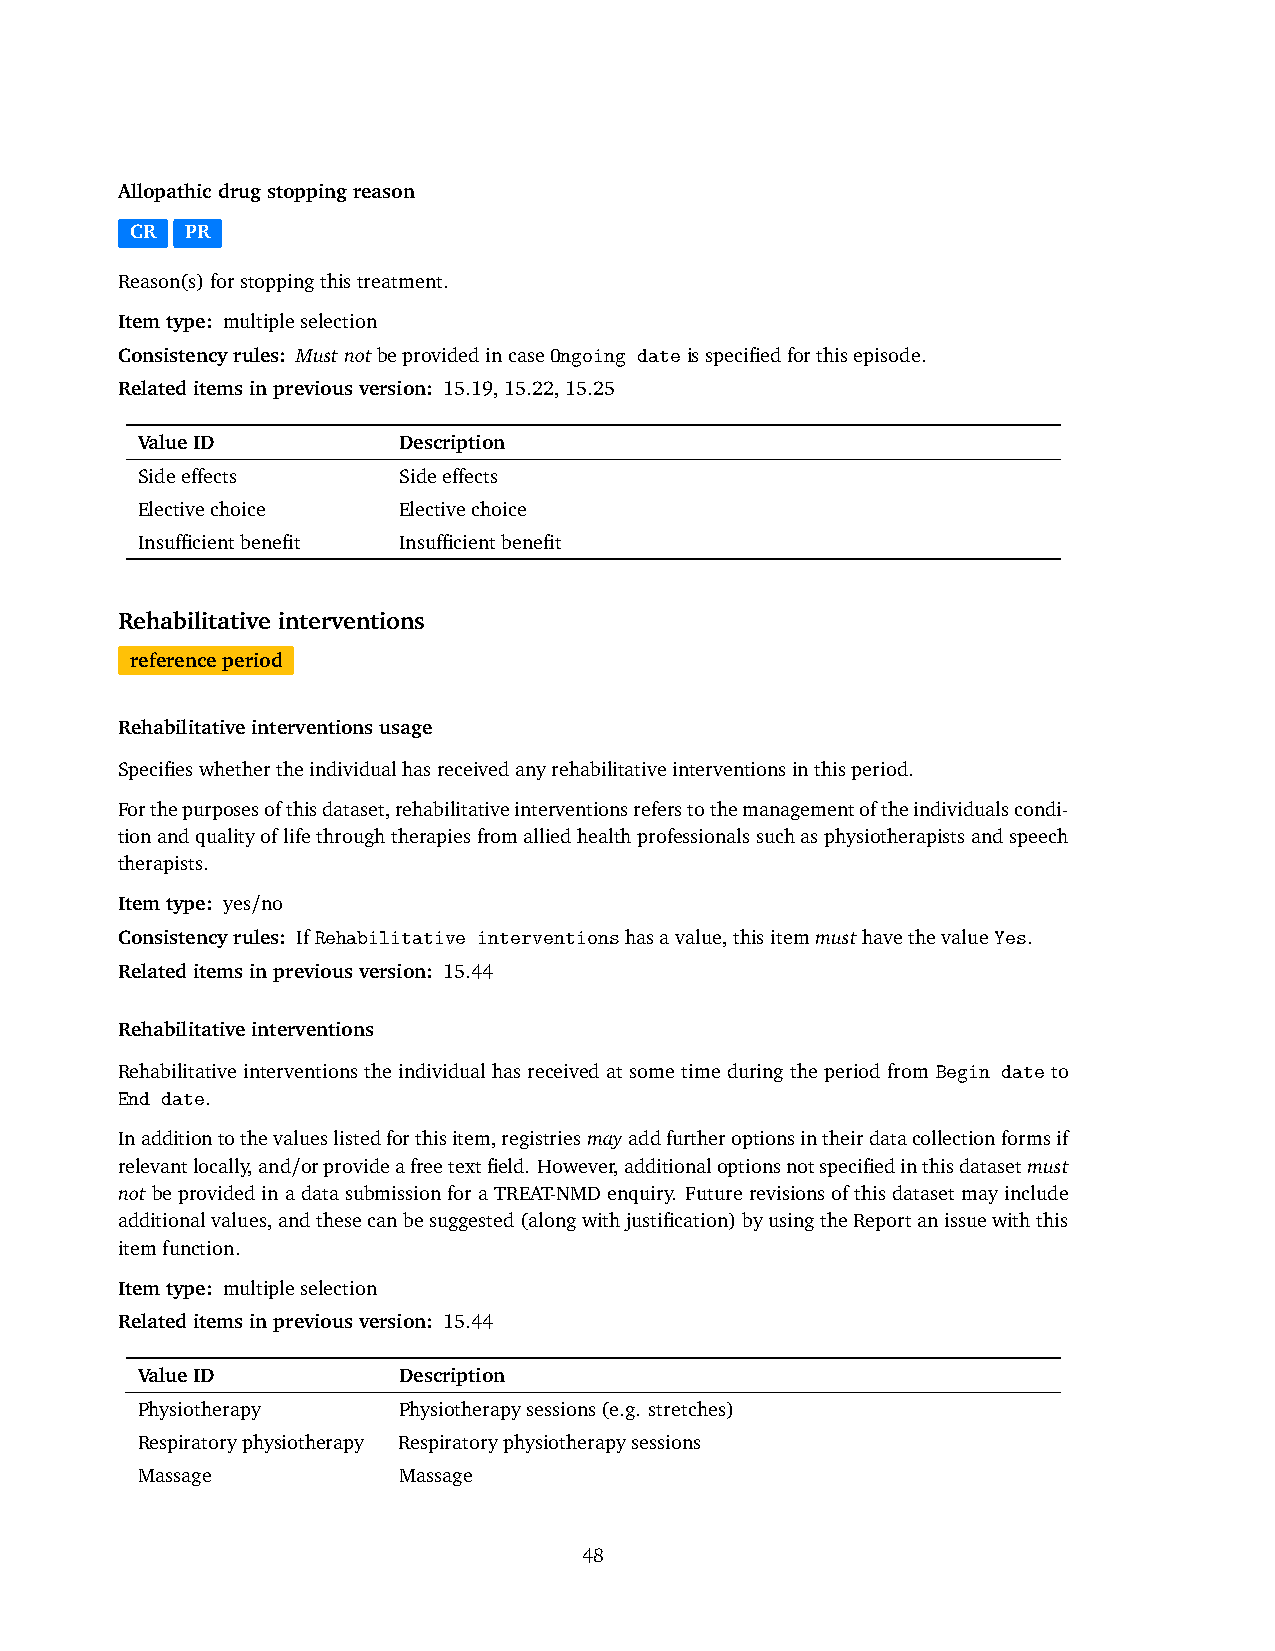
Allopathicdrugstoppingreason
 CR PR
 Reason(s)forstoppingthistreatment.
 Itemtype: multipleselection
 Consistencyrules: MustnotbeprovidedincaseOngoing dateisspecifiedforthisepisode.
 Relateditemsinpreviousversion: 15.19,15.22,15.25
 ValueID          Description
 Sideeffects      Sideeffects
 Electivechoice   Electivechoice
 Insufficientbenefit Insufficientbenefit
 Rehabilitative interventions
 referenceperiod
 Rehabilitativeinterventionsusage
 Specifieswhethertheindividualhasreceivedanyrehabilitativeinterventionsinthisperiod.
 Forthepurposesofthisdataset,rehabilitativeinterventionsreferstothemanagementoftheindividualscondi-
 tionandqualityoflifethroughtherapiesfromalliedhealthprofessionalssuchasphysiotherapistsandspeech
 therapists.
 Itemtype: yes/no
 Consistencyrules: IfRehabilitative interventionshasavalue,thisitemmusthavethevalueYes.
 Relateditemsinpreviousversion: 15.44
 Rehabilitativeinterventions
 Rehabilitative interventions the individual has received at some time during the period from Begin date to
 End date.
 Inadditiontothevalueslistedforthisitem,registriesmayaddfurtheroptionsintheirdatacollectionformsif
 relevantlocally,and/orprovideafreetextfield. However,additionaloptionsnotspecifiedinthisdatasetmust
 notbeprovidedinadatasubmissionforaTREAT-NMDenquiry. Futurerevisionsofthisdatasetmayinclude
 additionalvalues,andthesecanbesuggested(alongwithjustification)byusingtheReportanissuewiththis
 itemfunction.
 Itemtype: multipleselection
 Relateditemsinpreviousversion: 15.44
 ValueID          Description
 Physiotherapy    Physiotherapysessions(e.g. stretches)
 Respiratoryphysiotherapy Respiratoryphysiotherapysessions
 Massage          Massage
 48